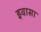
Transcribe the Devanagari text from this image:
इवासा